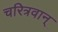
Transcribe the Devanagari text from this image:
चरित्रवान्‌